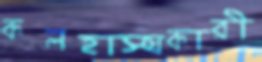
কলহাস্যকারী